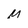
Character: M